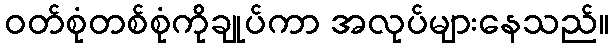
ဝတ်စုံတစ်စုံကိုချုပ်ကာ အလုပ်များနေသည်။